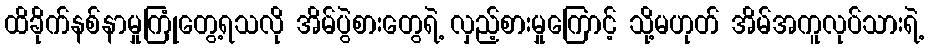
ထိခိုက်နစ်နာမှုကြုံတွေ့ရသလို အိမ်ပွဲစားတွေရဲ့ လှည့်စားမှုကြောင့် သို့မဟုတ် အိမ်အကူလုပ်သားရဲ့